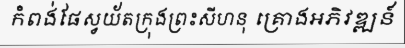
កំពង់ផែស្វយ័តក្រុងព្រះសីហនុ គ្រោងអភិវឌ្ឍន៍